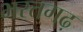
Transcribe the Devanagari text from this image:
भरतगढ़